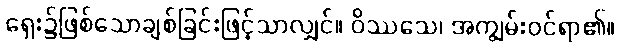
ရှေး၌ဖြစ်သောချစ်ခြင်းဖြင့်သာလျှင်။ ဝိဿသေ၊ အကျွမ်းဝင်ရာ၏။